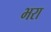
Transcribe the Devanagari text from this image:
भ्‍ारा